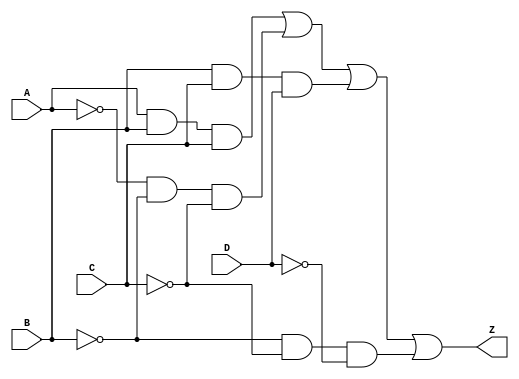
module ConsecutiveZerosOnesDetector (
    input A, B, C, D,
    output Z
);
    assign Z = ((A & B & C) | (~A & ~B & ~C) | (B & C & D) | (~B & ~C & ~D));

endmodule